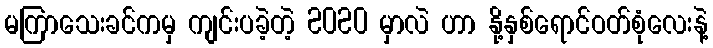
မကြာသေးခင်ကမှ ကျင်းပခဲ့တဲ့ 2020 မှာလဲ ဟာ နို့နှစ်ရောင်ဝတ်စုံလေးနဲ့